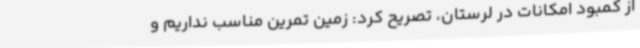
از کمبود امکانات در لرستان، تصریح کرد: زمین تمرین مناسب نداریم و